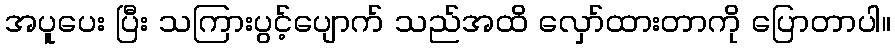
အပူပေး ပြီး သကြားပွင့်ပျောက် သည်အထိ လှော်ထားတာကို ပြောတာပါ။